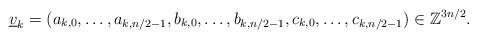
LaTeX: \begin{align*}\underline{v}_{k}=(a_{k,0},\ldots,a_{k,n/2-1},b_{k,0},\ldots,b_{k,n/2-1},c_{k,0},\ldots,c_{k,n/2-1})\in\mathbb{Z}^{3n/2}.\end{align*}